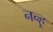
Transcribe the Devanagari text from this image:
नन्हू